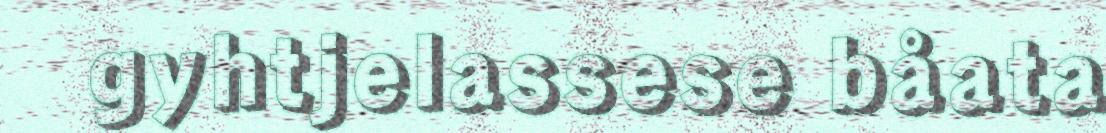
gyhtjelassese båata